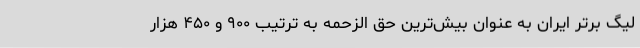
لیگ برتر ایران به عنوان بیش‌ترین حق الزحمه به ترتیب ۹۰۰ و ۴۵۰ هزار